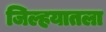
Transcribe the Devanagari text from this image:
जिल्हयातला